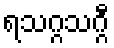
ရသဂ္ဂသဂ္ဂီ